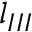
l _ { I I I }